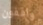
واقفون